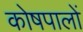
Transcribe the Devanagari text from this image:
कोषपालों